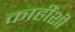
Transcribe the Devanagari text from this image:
काहींशी